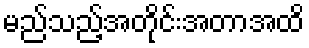
မည်သည့်အတိုင်းအတာအထိ